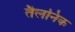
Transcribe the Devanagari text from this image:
तैलनिक